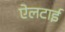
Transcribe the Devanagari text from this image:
ऐलटाई